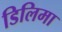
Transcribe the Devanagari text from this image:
डिलिमा